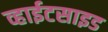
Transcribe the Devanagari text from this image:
व्हाईटसाइड